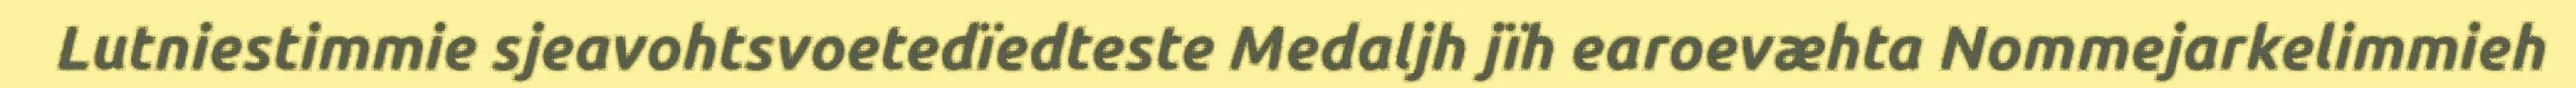
Lutniestimmie sjeavohtsvoetedïedteste Medaljh jïh earoevæhta Nommejarkelimmieh